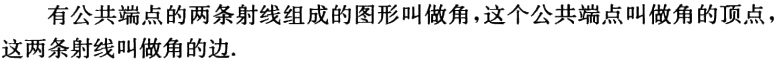
有公共端点的两条射线组成的图形叫做角，这个公共端点叫做角的顶点，这两条射线叫做角的边.